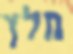
חלץ